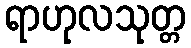
ရာဟုလသုတ္တ